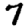
Digit: 7